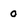
Character: 0